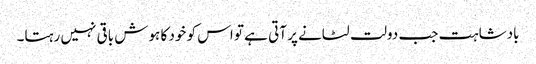
بادشاہت جب دولت لٹانے پر آتی ہے تو اس کو خود کا ہوش باقی نہیں رہتا۔